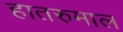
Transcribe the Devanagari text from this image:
हातरुमाल